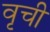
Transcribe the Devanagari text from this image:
वृची